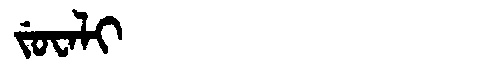
Manchu: ᠵᡠᠸᠠᠯᡳ
Romanization: JUWALI